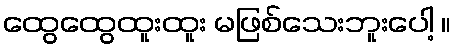
ထွေထွေထူးထူး မဖြစ်သေးဘူးပေါ့ ။